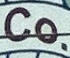
Co.